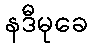
နဒီမုခေ